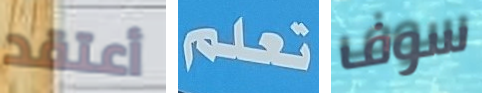
أعتقد تعلم سوف